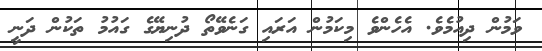
ވަމުން ދިއުމެވެ. އެހެންވެ މިކަމުން އަރައި ގަނެވޭތޯ ދުނިޔޭގެ ގައުމު ތަކުން ދަނީ